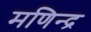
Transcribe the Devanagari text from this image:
मणिन्द्र